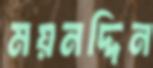
ময়নদ্দিন